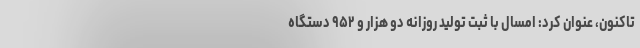
تاکنون، عنوان کرد: امسال با ثبت تولید روزانه دو هزار و ۹۵۲ دستگاه